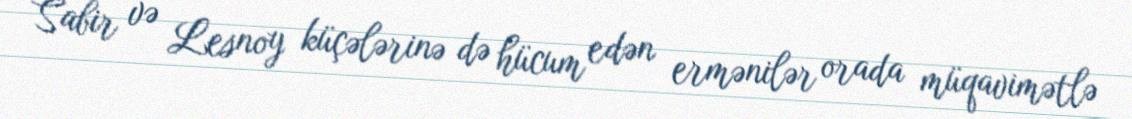
Sabir və Lesnoy küçələrinə də hücum edən ermənilər orada müqavimətlə